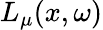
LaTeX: L_{\mu}(x,\omega)